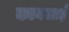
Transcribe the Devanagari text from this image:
कानसाई